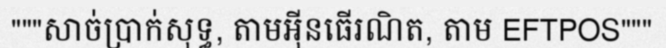
"""សាច់ប្រាក់សុទ្ធ, តាមអ៊ីនធើរណិត, តាម EFTPOS"""